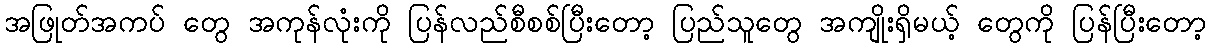
အဖြုတ်အကပ် တွေ အကုန်လုံးကို ပြန်လည်စီစစ်ပြီးတော့ ပြည်သူတွေ အကျိုးရှိမယ့် တွေကို ပြန်ပြီးတော့